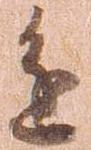
進